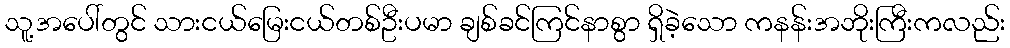
သူ့အပေါ်တွင် သားငယ်မြေးငယ်တစ်ဦးပမာ ချစ်ခင်ကြင်နာစွာ ရှိခဲ့သော ကနန်းအဘိုးကြီးကလည်း